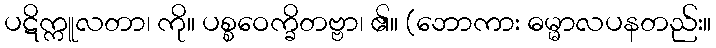
ပဋိက္ကူလတာ၊ ကို။ ပစ္စဝေက္ခိတဗ္ဗာ၊ ၏။ (ဘောကား ဓမ္မာလပနတည်း။